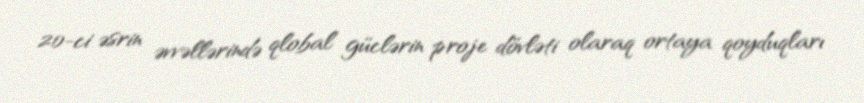
20-ci əsrin əvvəllərində qlobal güclərin proje dövləti olaraq ortaya qoyduqları